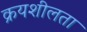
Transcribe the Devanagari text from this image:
क्रयशीलता